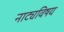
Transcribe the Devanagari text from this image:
नाट्यविषय